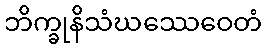
ဘိက္ခုနိသံဃဿေဝေတံ